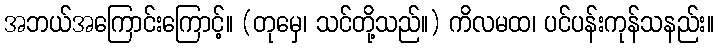
အဘယ်အကြောင်းကြောင့်။ (တုမှေ၊ သင်တို့သည်။) ကိလမထ၊ ပင်ပန်းကုန်သနည်း။